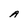
Character: A